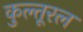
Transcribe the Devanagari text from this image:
कुल्तूरल